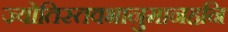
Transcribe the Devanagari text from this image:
ज्योतिस्तवभानुमानहनि